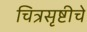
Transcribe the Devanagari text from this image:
चित्रसृष्टीचे